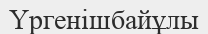
Үргенішбайұлы